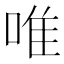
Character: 唯